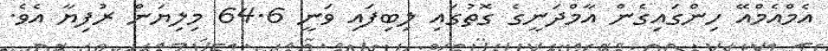
އެމްއެމްއޭ ހިންގައިގެން އާމްދަނީގެ ގޮތުގައި ލިބިފައި ވަނީ 64.6 މިލިޔަން ރުފިޔާ އެވެ.